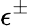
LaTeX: \epsilon^{\pm}